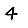
Digit: 4